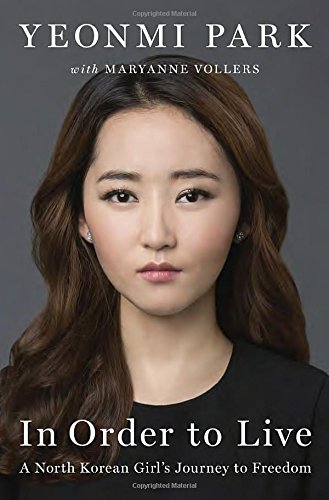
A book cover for In Order to Live: A North Korean Girl's Journey to Freedom; Yeonmi Park; Biographies & Memoirs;